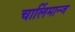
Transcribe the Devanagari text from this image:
चार्लिमान्ज